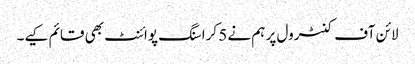
لائن آف کنٹرول پر ہم نے 5 کراسنگ پوائنٹ بھی قائم کیے۔